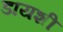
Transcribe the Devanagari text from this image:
डायशी